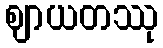
ဈာယတဿု